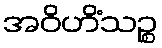
အဝိဟိံသဉ္စ